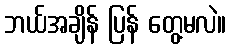
ဘယ်အချိန် ပြန် တွေ့မလဲ။